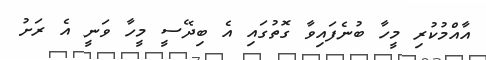
އާއްމުކުރި މީހާ ބުނެފައިވާ ގޮތުގައި އެ ބިދޭސީ މީހާ ވަނީ އެ ރަށު